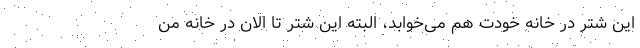
این شتر در خانه خودت هم می‌خوابد، البته این شتر تا الان در خانه من